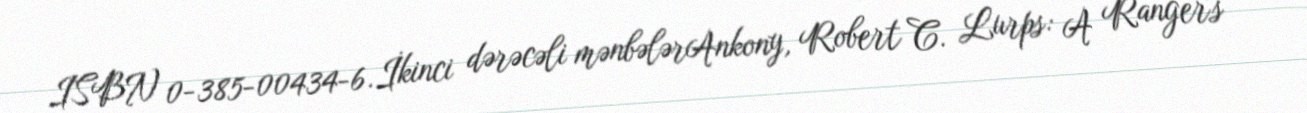
ISBN 0-385-00434-6.İkinci dərəcəli mənbələrAnkony, Robert C. Lurps: A Ranger's